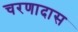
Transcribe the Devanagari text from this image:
चरणादास